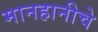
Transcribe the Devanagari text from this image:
मानहानीचे